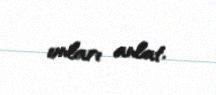
onları anlat.